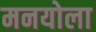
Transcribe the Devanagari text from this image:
मनयोला